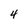
Character: 4